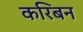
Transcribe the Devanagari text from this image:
करिबन